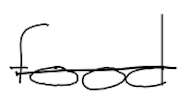
Text: food
Cross-out: single-line
Writing tool: digital_black